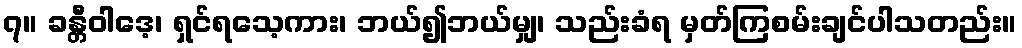
၇။ ခန္တီဝါဒေ့၊ ရှင်ရသေ့ကား၊ ဘယ်၍ဘယ်မျှ၊ သည်းခံရ မှတ်ကြစမ်းချင်ပါသတည်း။